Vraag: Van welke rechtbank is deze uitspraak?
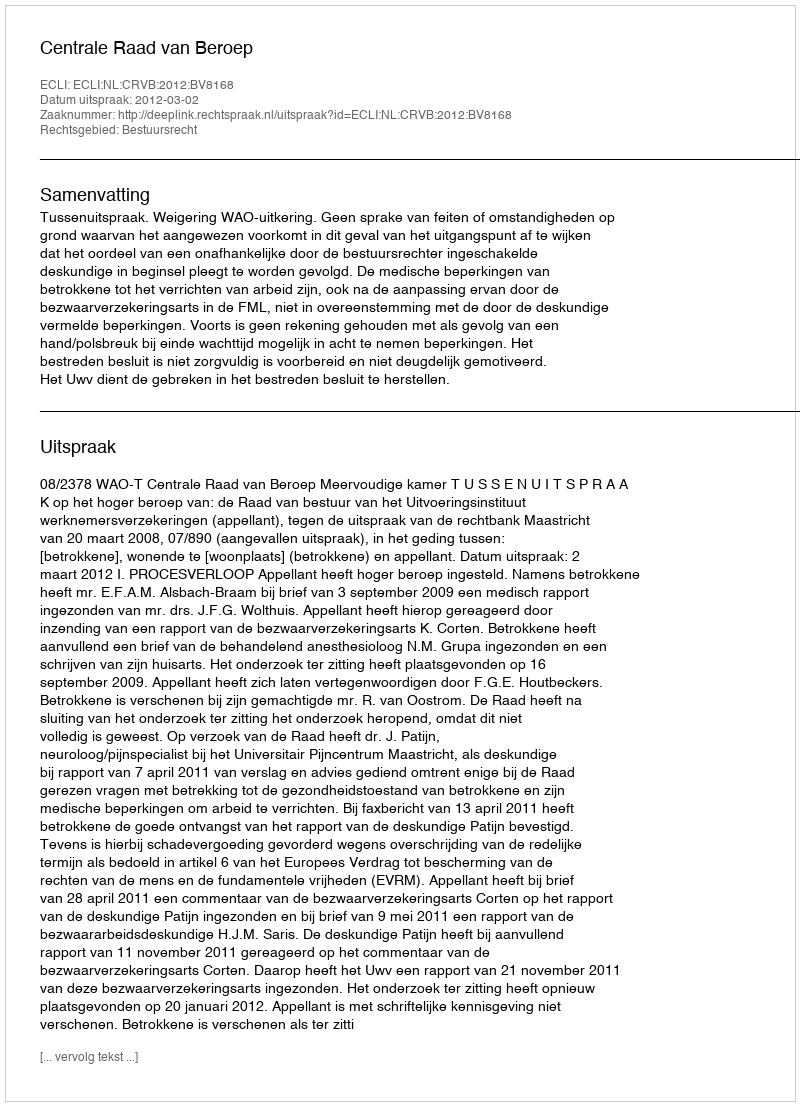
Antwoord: Centrale Raad van Beroep